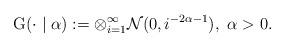
LaTeX: \begin{align*}\mathrm{G} ( \cdot \mid \alpha ) := \otimes_{i=1}^{\infty} \mathcal{N} ( 0 , i^{-2\alpha-1} ), \ \alpha>0.\end{align*}